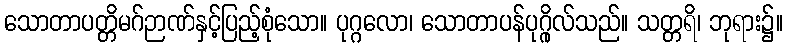
သောတာပတ္တိမဂ်ဉာဏ်နှင့်ပြည့်စုံသော။ ပုဂ္ဂလော၊ သောတာပန်ပုဂ္ဂိုလ်သည်။ သတ္တရိ၊ ဘုရား၌။